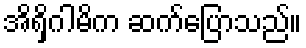
အိရှိဂါမိက ဆက်ပြောသည်။